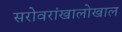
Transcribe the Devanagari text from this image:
सरोवरांखालोखाल